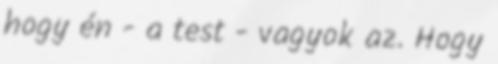
hogy én - a test - vagyok az. Hogy